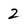
Character: 2